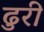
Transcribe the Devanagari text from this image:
ढुरी